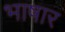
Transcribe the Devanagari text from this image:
भाषार